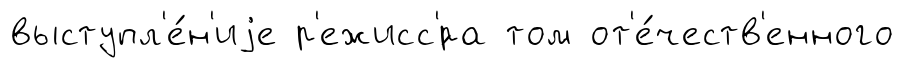
выступл'е́н'иjе р'ежисс'́ра том от'е́честв'енного